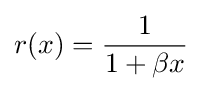
r(x)={\frac {1}{1+\beta x}}